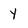
Character: Y